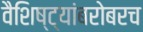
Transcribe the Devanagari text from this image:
वैशिष्ट्यांबरोबरच